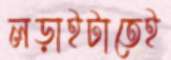
লড়াইটাতেই